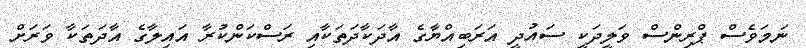
ނަމަވެސް ޕްރިންސް ވަލީދަކީ ސައުދީ އަރަބިއްޔާގެ އާދަކާދަތަކާއި ރަސްކަންކުރާ އައިލާގެ އާދަތަކާ ވަރަށް